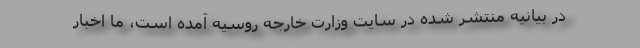
در بیانیه منتشر شده در سایت وزارت خارجه روسیه آمده است، ما اخبار